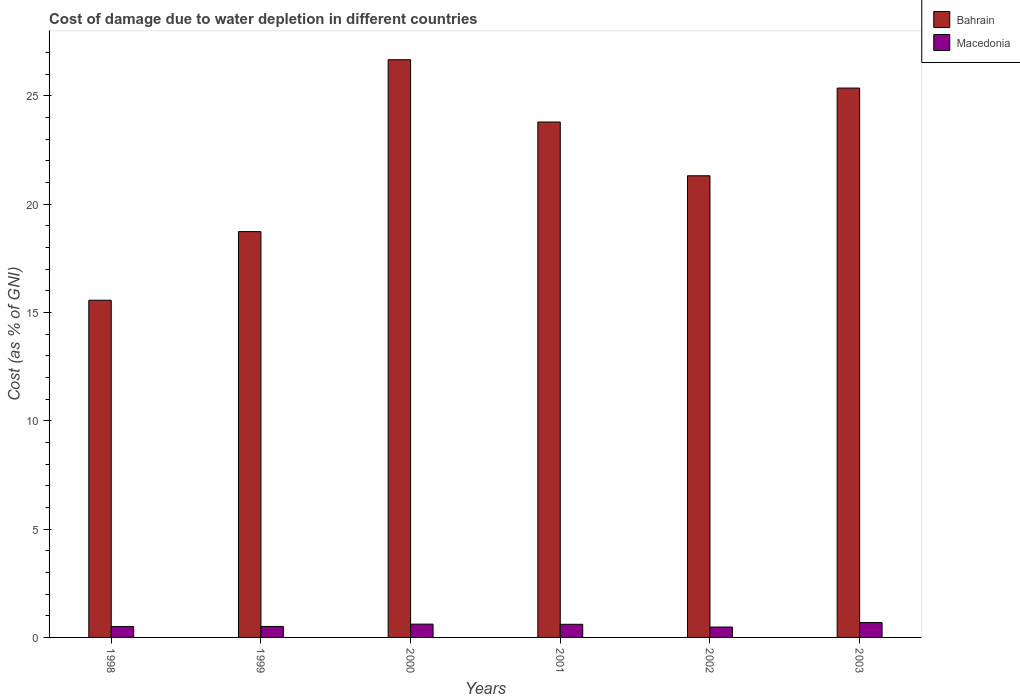
| Years | Bahrain | Macedonia |
 | --- | --- | --- |
 | 1998 | 15.6 | 0.5 |
 | 1999 | 18.7 | 0.506 |
 | 2000 | 26.7 | 0.614 |
 | 2001 | 23.8 | 0.606 |
 | 2002 | 21.3 | 0.48 |
 | 2003 | 25.4 | 0.685 |